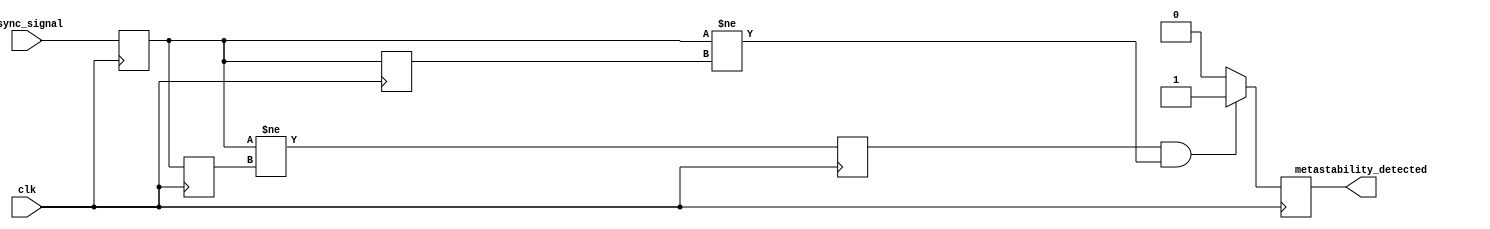
module MetastabilityDetector (
    input wire clk,                   // Clock input
    input wire async_signal,          // Asynchronous input signal
    output reg metastability_detected  // Output indication of metastability
);

// Internal signals
reg dff1_q, dff2_q;                 // Outputs of D flip-flops
reg dff1_q_prev;                    // Previous output of the first D flip-flop
reg pulse;                          // Pulse signal to indicate state change

// D Flip-Flops
always @(posedge clk) begin
    dff1_q <= async_signal;         // Sample asynchronous input in first DFF
    dff2_q <= dff1_q;               // Sample output of first DFF in second DFF
end

// Pulse Generation Logic
always @(posedge clk) begin
    pulse <= (dff1_q != dff1_q_prev); // Generate pulse on rising edge of dff1_q
    dff1_q_prev <= dff1_q;            // Update previous state of dff1
end

// Metastability Detection Logic
always @(posedge clk) begin
    // Detect metastability condition
    if (pulse && (dff1_q != dff2_q)) begin
        metastability_detected <= 1'b1; // Metastability detected
    end else begin
        metastability_detected <= 1'b0; // No metastability detected
    end
end

endmodule